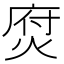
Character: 焤